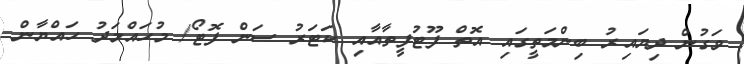
ވަަގުން ދިޔައިރު ބިންމަތީގައި އޮތް ފޫޓުފީތާއާއި ކަޓަރު ސަން ފޮޓޯ/ މުހައްމަދު ހައްޔާން